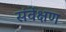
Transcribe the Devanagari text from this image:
संर्वेक्षण